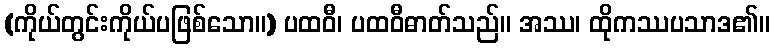
(ကိုယ်တွင်းကိုယ်ပဖြစ်သော။) ပထဝီ၊ ပထဝီဓာတ်သည်။ အဿ၊ ထိုကဿပသာဒ၏။